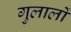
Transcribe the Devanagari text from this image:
गुलालों